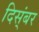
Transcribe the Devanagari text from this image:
दिस्ंबर